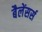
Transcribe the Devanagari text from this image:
बैलेंसर्स